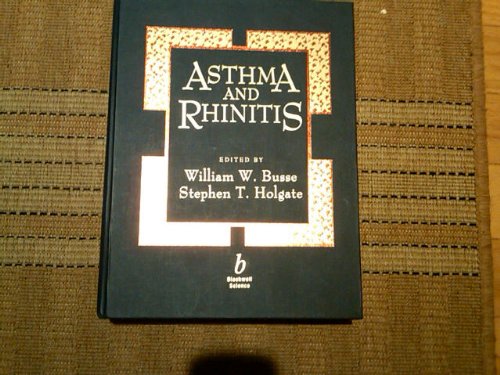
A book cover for Asthma and Rhinitis; William Busse; Health, Fitness & Dieting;